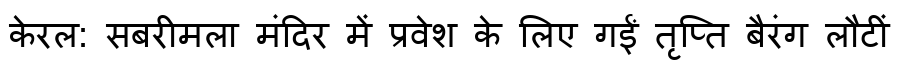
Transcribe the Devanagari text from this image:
केरल: सबरीमला मंदिर में प्रवेश के लिए गईं तृप्ति बैरंग लौटीं